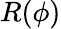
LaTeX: R(\phi)